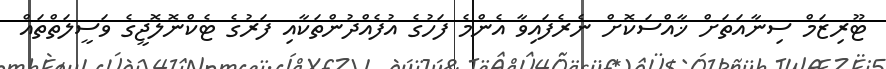
ޓޫރިޒަމް ސިނާއަތަށް ޚާއްސަކޮށް ނެރެފައިވާ އެންމެ ފަހުގެ އުފެއްދުންތަކާއި ފަރުގެ ޓެކްނޮލޮޖީގެ ވަސީލަތްތައް